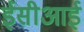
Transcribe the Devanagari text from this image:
ईसीआई